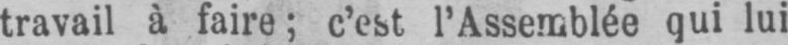
travail à faire; c’est l’Assemblée qui lui